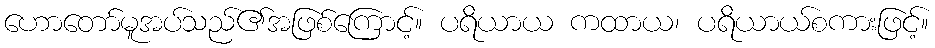
ဟောတော်မူအပ်သည်၏အဖြစ်ကြောင့်။ ပရိယာယ ကထာယ၊ ပရိယာယ်စကားဖြင့်။